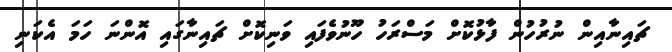
ޗައިނާއިން ނުރުހުން ފާޅުކޮށް މަސްރަހު ހޫނުވެފައި ވަނިކޮށް ޗައިނާގައި އޮންނަ ހަމަ އެކަނި